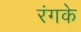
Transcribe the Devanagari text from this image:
रंगके